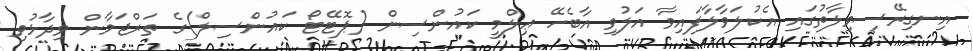
އިނގިރޭސިވިލާތުގައި އެކުލަވާލާފައިވާ އަލުވި އާބެހޭ ޢިލްމީ ކައުންސިން (ޕޮޓޭޓޯ ކައުންސިލް)ގެ ތަރްޖަމާން ވިދާޅުވި